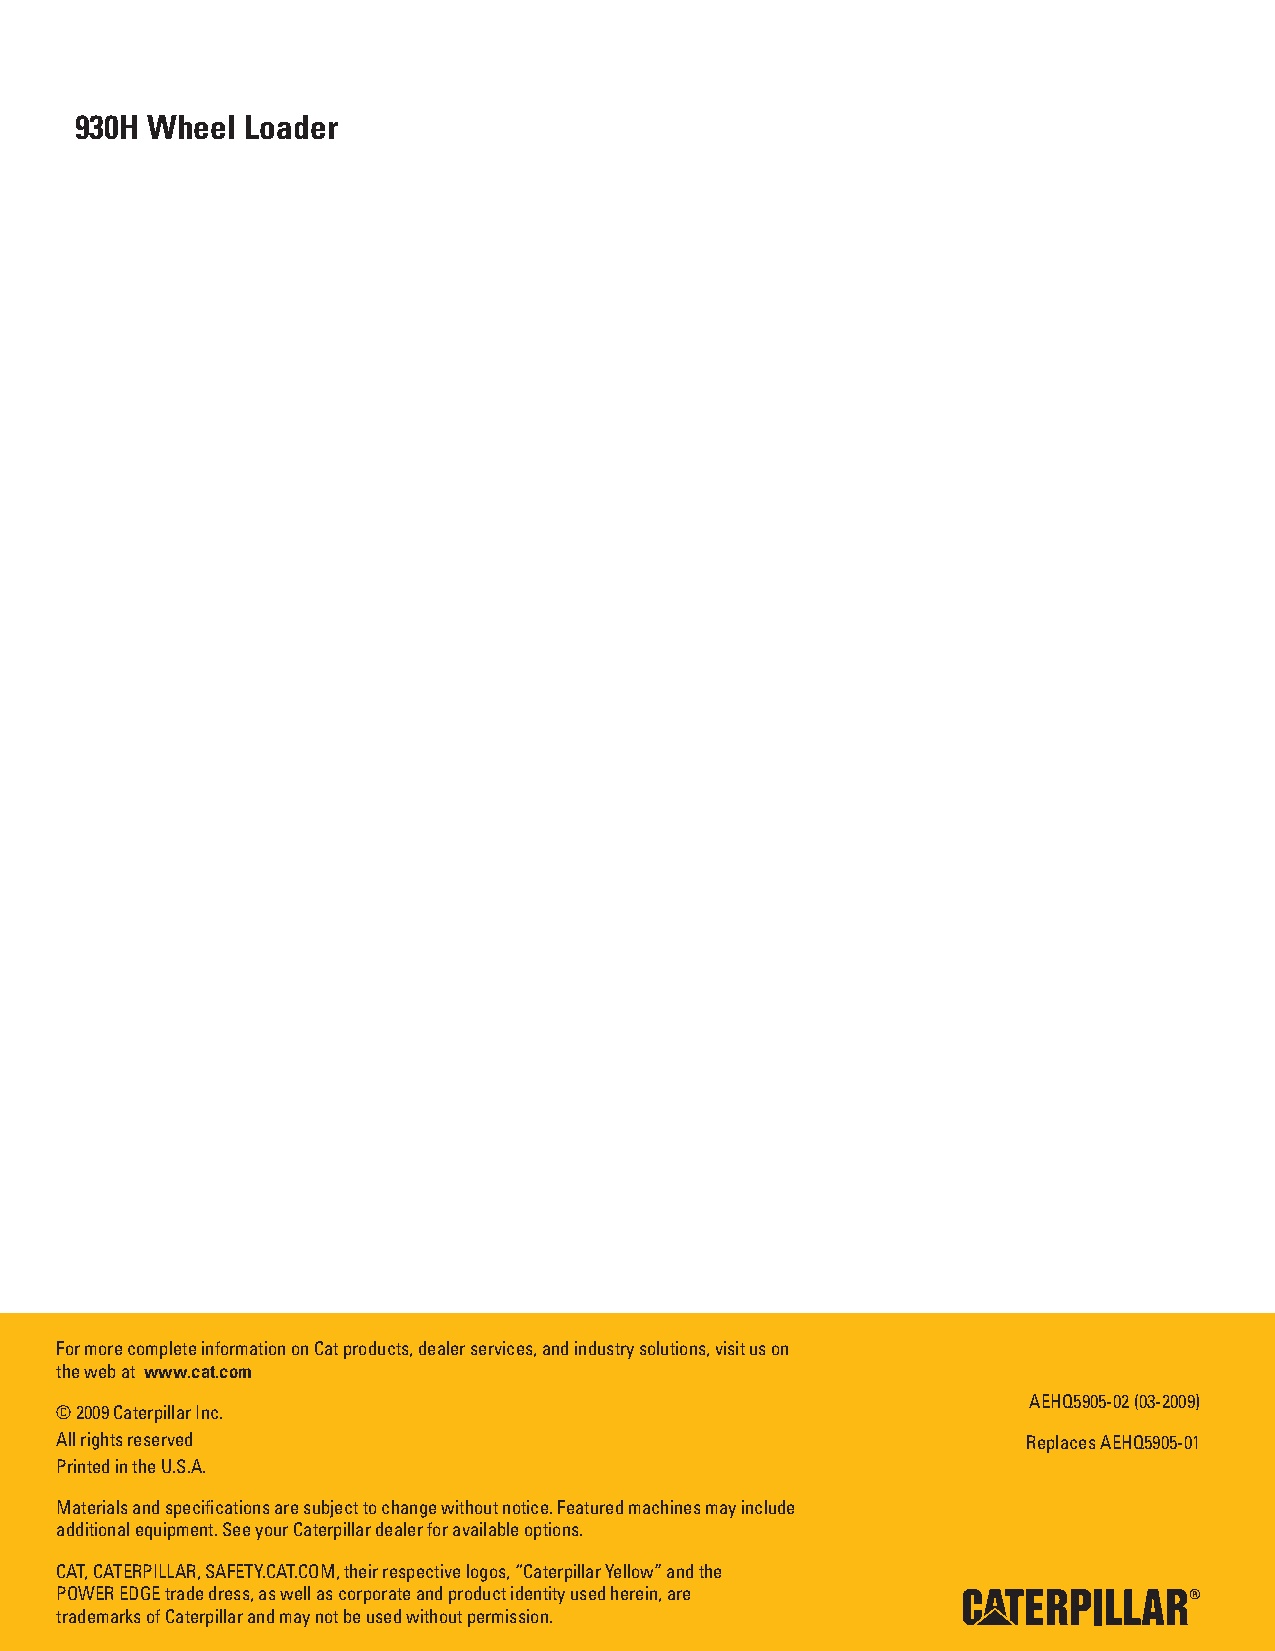
930H Wheel Loader
 For more complete information on Cat products, dealer services, and industry solutions, visit us on
 the web at www.cat.com
 AEHQ5905-02 (03-2009)
 © 2009 Caterpillar Inc.
 All rights reserved                                             Replaces AEHQ5905-01
 Printed in the U.S.A.
 Materials and specifi cations are subject to change without notice. Featured machines may include
 additional equipment. See your Caterpillar dealer for available options.
 CAT, CATERPILLAR, SAFETY.CAT.COM, their respective logos, “Caterpillar Yellow” and the
 POWER EDGE trade dress, as well as corporate and product identity used herein, are 19
 trademarks of Caterpillar and may not be used without permission.